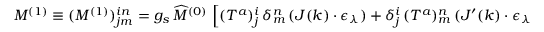
M ^ { ( 1 ) } \equiv ( M ^ { ( 1 ) } ) _ { j m } ^ { i n } = g _ { s } \, \widehat { M } ^ { ( 0 ) } \, \left[ ( T ^ { a } ) _ { j } ^ { i } \, \delta _ { m } ^ { n } \, ( J ( k ) \cdot \epsilon _ { \lambda } ) + \delta _ { j } ^ { i } \, ( T ^ { a } ) _ { m } ^ { n } \, ( J ^ { \prime } ( k ) \cdot \epsilon _ { \lambda } ) \right] ~ ,